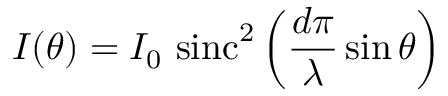
I ( \theta ) = I _ { 0 } \, \operatorname { s i n c } ^ { 2 } \left( { \frac { d \pi } { \lambda } } \sin \theta \right)